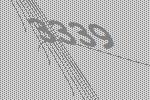
3339